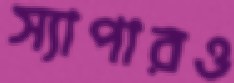
স্যাপারও